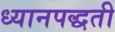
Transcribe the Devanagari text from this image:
ध्यानपद्धती